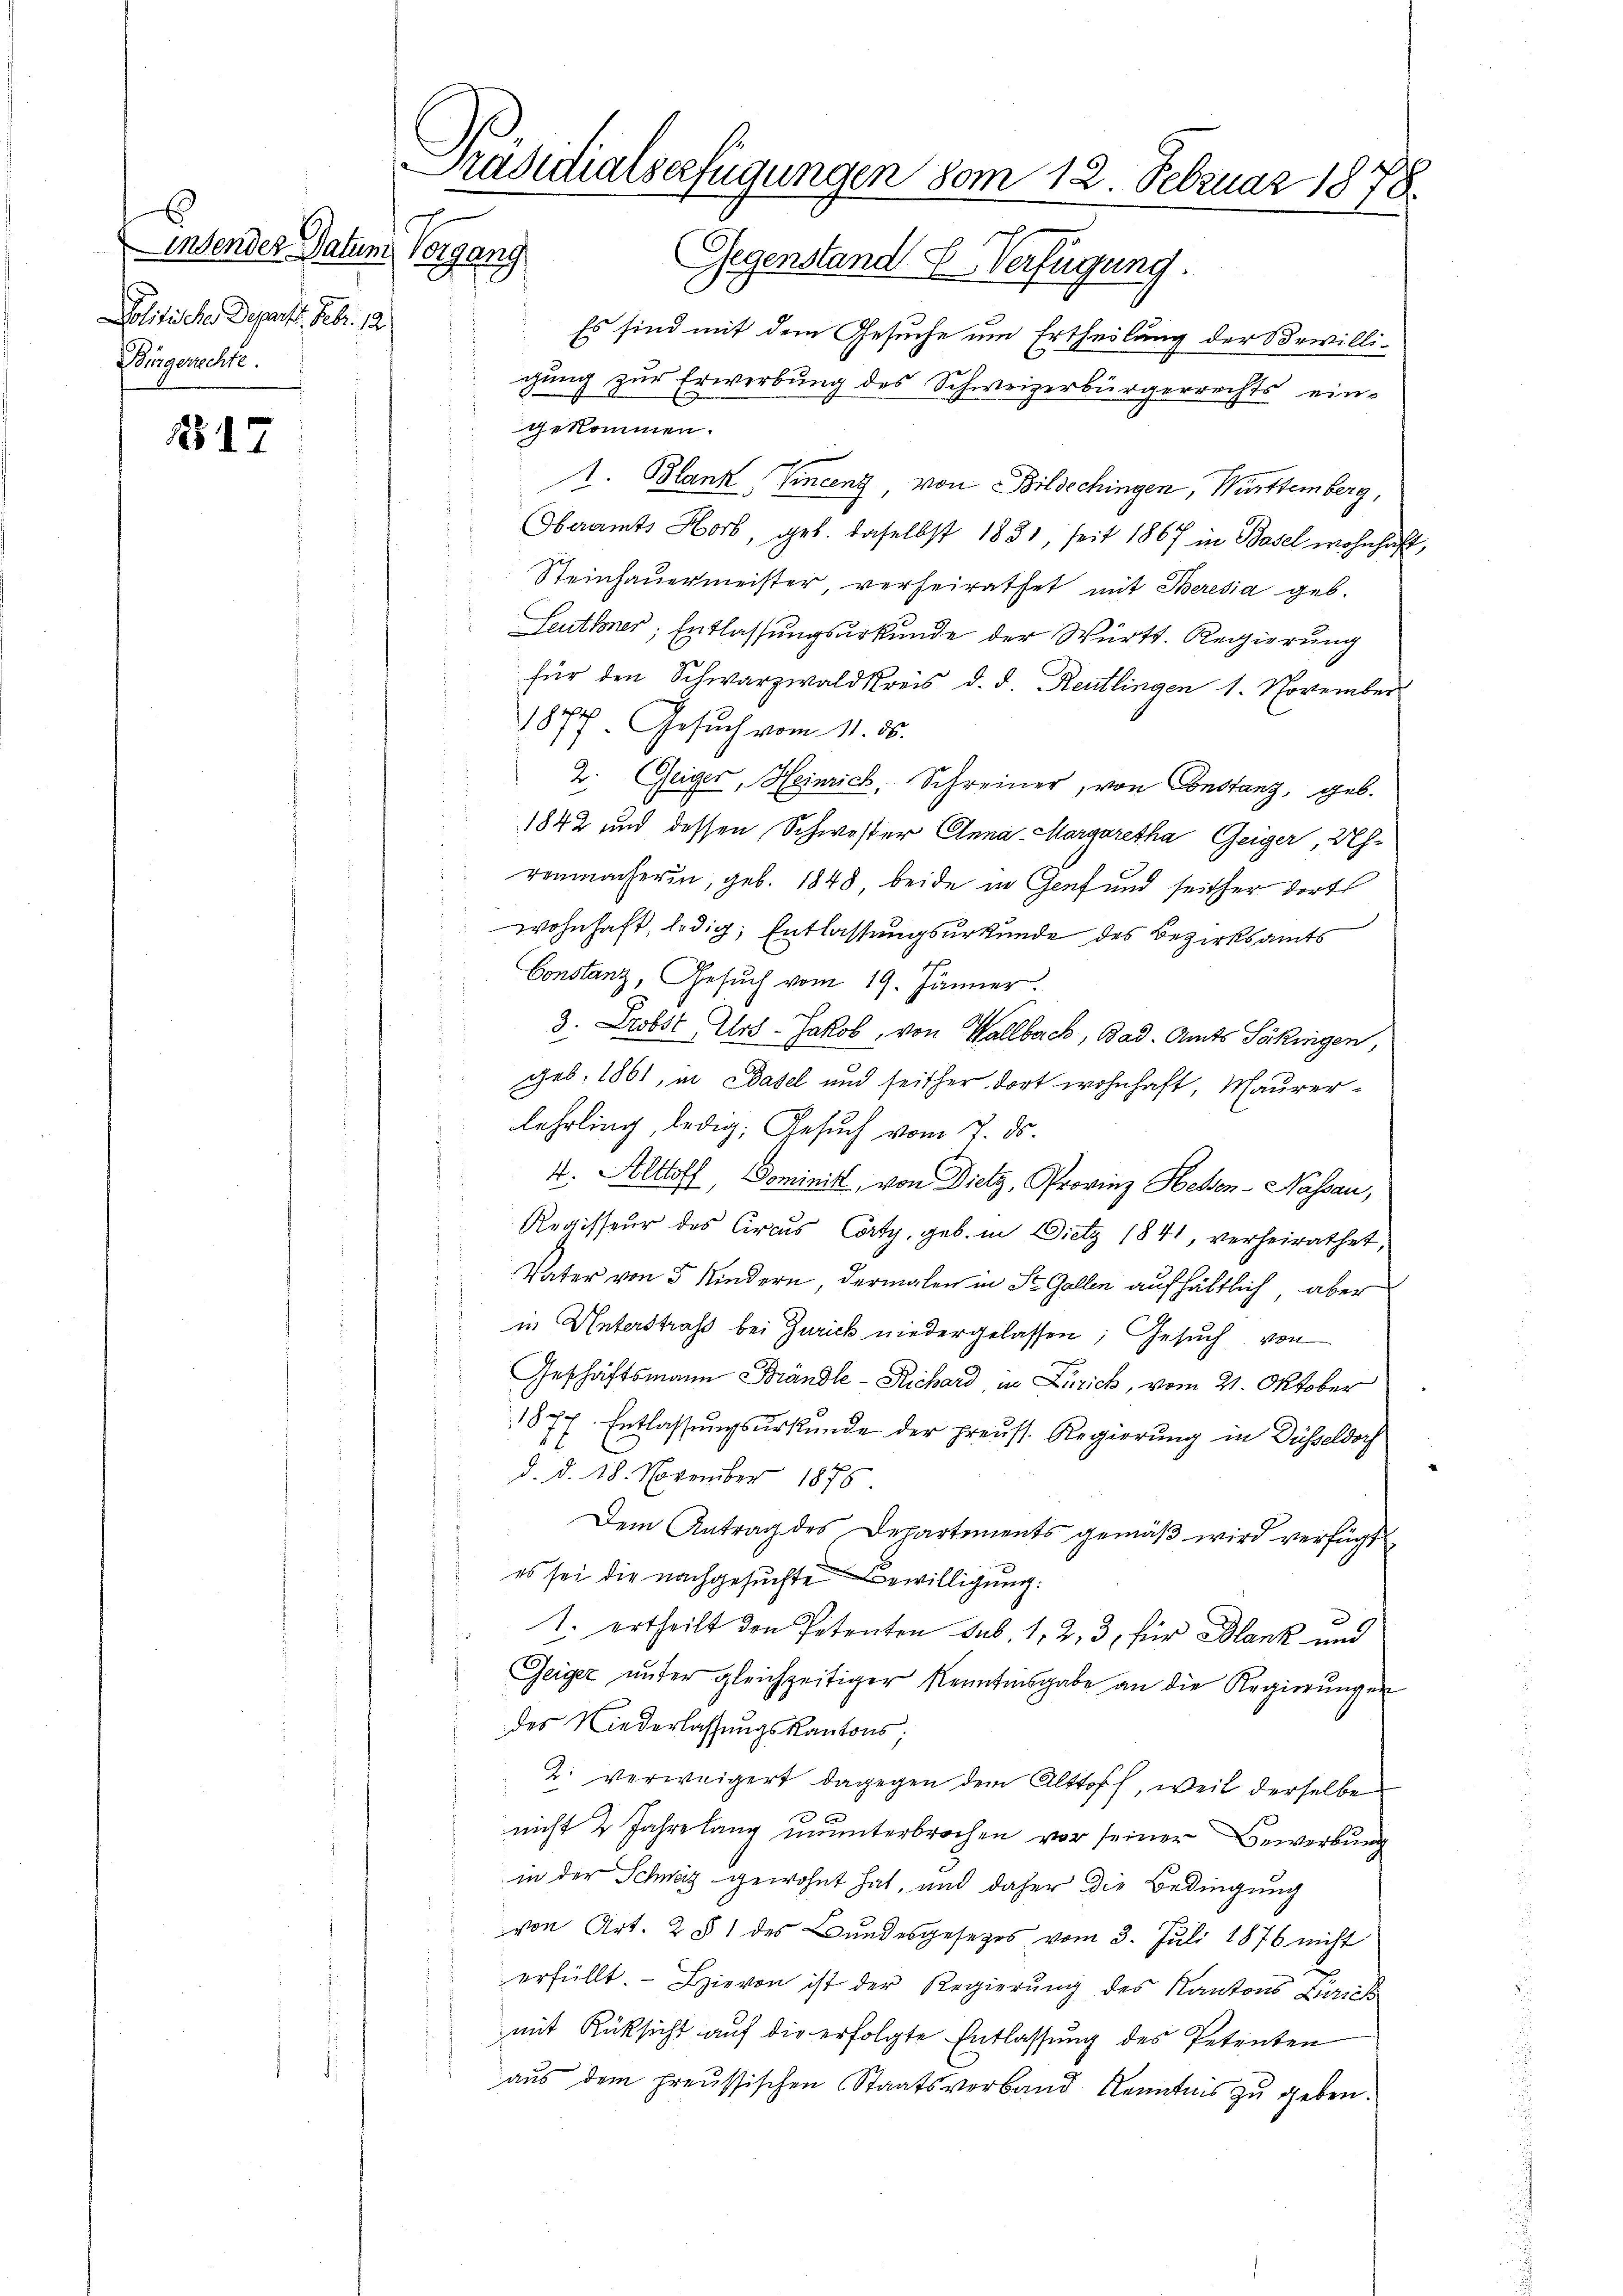
Linsender Datum
Politische Depart. Febr. 12
Bürgerrechte.

17

Präsidialserfügungen vom 12. Februar 1878
Vorgang Gegenstand Verfügung.

Es sind mit dem Gesuche um Ertheilung der Bewilli-
gung zur Erwerbung des Schweizerbürgerrechts eingekommen.
1. Blank, Vincenz von Bildechingen, Württemberg,
Obaamts Horb, geb. daselbst 1831, seit 1867 in Basel wohnhaft,
Steinhauermeister, verheirathet mit Theresia geb.
Leuthner, Entlassungsurkunde der Württ. Regierung
für den Schwarzwaldkreis d. d. Reutlingen 1. November
1877, Gesŭch vom 11. ds.
2. Geiger, Heinrich, Schreiner, von Constanz, geb.
1842 und dessen Schwester Anna Margaretha Geiger, Uh
renmacherin, geb. 1848 beide in Genf und seither dort
wohnhaft, ledig, Entlassungsurkunde des Bezirksamts
Constanz, Gesuch vom 19. Jänner.
3. Probst Urs-Jakob, von Wallback, Bad. Amts Söckingen,
.
 geb. 1861, in Basel und seither dort wohnhaft, Maurer-
lehrling, ledig: Gesuch vom 7. ds.
.
4. Althoff, Dominist, von Dietz, Provinz Hessen-Nassau,
Regisseur des Circus Corty, geb. in Dietz 1841, verheirathet,
i
Vater von 5 Kindern, dermalen in St. Gallen aufhältlich, aber
in Unterstraß bei Zurick niedergelassen; Gesuch von
Geschäftsmann Brändle-Richard in Zürich, vom 21. Oktober
1877. Entlassŭngsŭrkŭnde der preuss. Regierŭng in Düsseldoch
d. d. 18. November 1875.
Dem Antrag des Departements gemäß wird verfügt
 es sei die nachgesuchte Bewilligung:
1. ertheilt den Petenten sub. 1, 2, 3, für Blank und
Geiger unter gleichzeitiger Kenntnisgabe an die Regierungen
des Niederlassungskantons;
2. verweigert dagegen dem Alttoff, weil derselbe
nicht 2 Jahrelang ununterbrochen vor seiner Bewerbung
in der Schweiz gewohnt hat, und daher die Bedingung
von Art. 2 § 1 des Bundesgesetzes vom 3. Juli 1876 nicht
erfüllt. - Hievon ist der Regierung des Kantons Zürich
mit Rüksicht auf die erfolgte Entlassung des Petenten
aus dem preussischen Staatsverband Kenntnis zu geben.